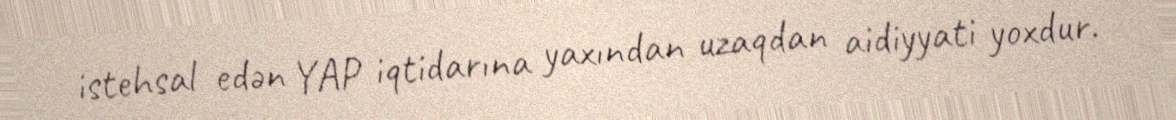
istehsal edən YAP iqtidarına yaxından uzaqdan aidiyyati yoxdur.